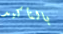
بالتأكيد